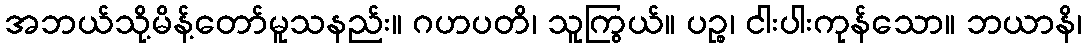
အဘယ်သို့မိန့်တော်မူသနည်း။ ဂဟပတိ၊ သူကြွယ်။ ပဉ္စ၊ ငါးပါးကုန်သော။ ဘယာနိ၊